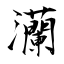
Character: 灡